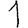
Digit: 1